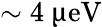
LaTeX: \sim 4~\upmu\mathrm{eV}